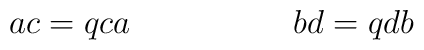
\ \ \ \ \ \ \ ac=qca\ \ \ \ \ \ \ \ \ \ \ \ \ \ \ bd=qdb